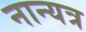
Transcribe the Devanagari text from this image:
नान्यत्र